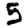
Digit: 5